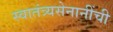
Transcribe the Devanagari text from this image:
स्वातंत्र्यसेनानींची